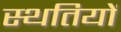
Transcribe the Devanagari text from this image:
स्‍थतियों